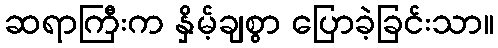
ဆရာကြီးက နှိမ့်ချစွာ ပြောခဲ့ခြင်းသာ။